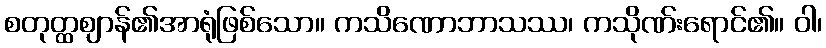
စတုတ္ထဈာန်၏အာရုံဖြစ်သော။ ကသိဏောဘာသဿ၊ ကသိုဏ်းရောင်၏။ ဝါ၊